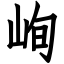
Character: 峋